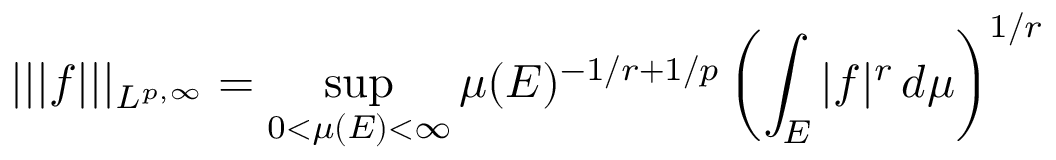
| | | f | | | _ { L ^ { p , \infty } } = \operatorname* { s u p } _ { 0 < \mu ( E ) < \infty } \mu ( E ) ^ { - 1 / r + 1 / p } \left( \int _ { E } | f | ^ { r } \, d \mu \right) ^ { 1 / r }